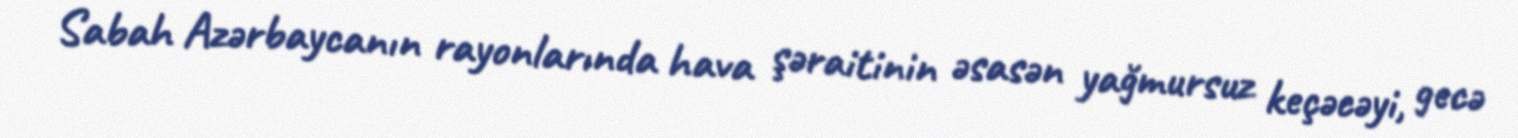
Sabah Azərbaycanın rayonlarında hava şəraitinin əsasən yağmursuz keçəcəyi, gecə